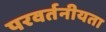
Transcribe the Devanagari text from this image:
परवर्तनीयता